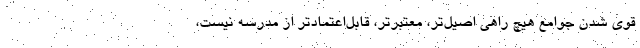
قوی شدن جوامع هیچ راهی اصیل‌تر، معتبرتر، قابل‌اعتمادتر از مدرسه نیست،